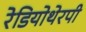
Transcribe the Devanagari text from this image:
रेडियोथेरपी